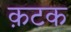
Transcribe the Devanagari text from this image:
क़टक